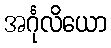
အင်္ဂုလိယော